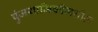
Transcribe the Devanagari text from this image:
पुंजयामिकीमधील